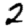
Digit: 2